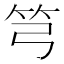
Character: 𥫤